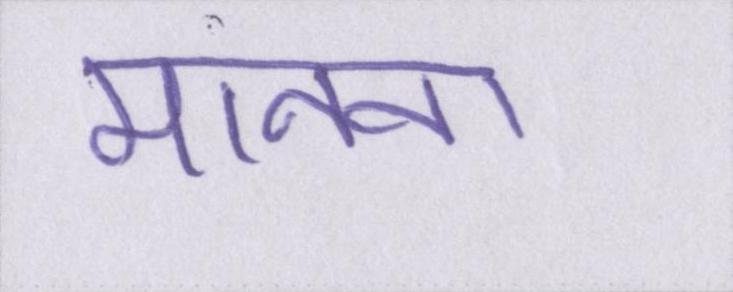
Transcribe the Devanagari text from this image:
मानना